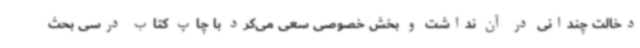
دخالت چندانی در آن نداشت و بخش خصوصی سعی می‌کرد با چاپ کتاب درسی بحث